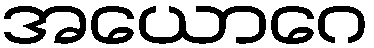
အယောဂေ